Scottish Leaving Certificate Examination, 1952
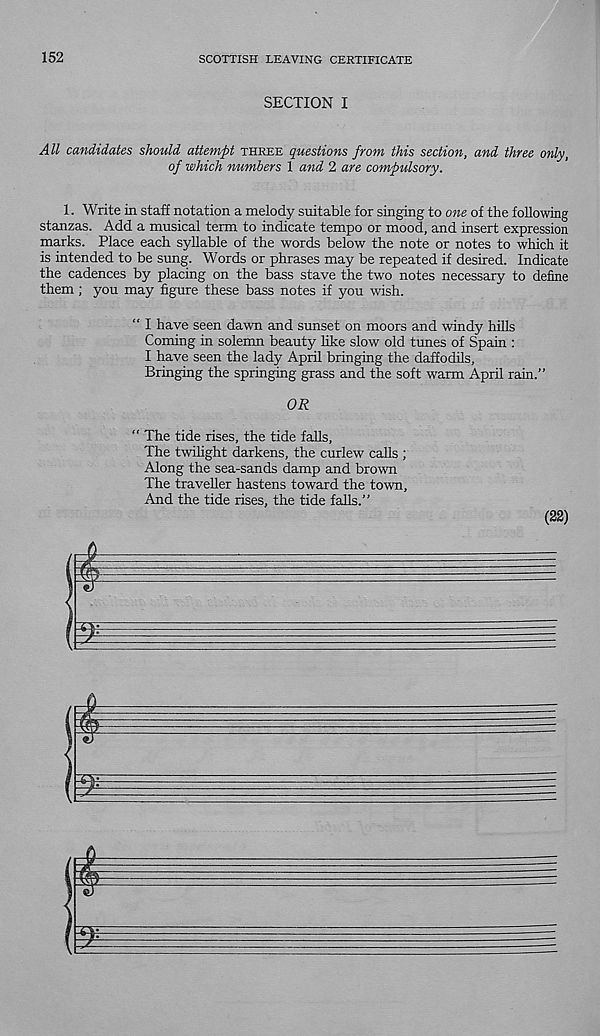
152
SCOTTISH LEAVING CERTIFICATE
SECTION I
All candidates should attempt three questions from this section, and three only,
of which numbers 1 and 2 are compulsory.
1. Write in staff notation a melody suitable for singing to one of the following
stanzas. Add a musical term to indicate tempo or mood, and insert expression
marks. Place each syllable of the words below the note or notes to which it
is intended to be sung. Words or phrases may be repeated if desired. Indicate
the cadences by placing on the bass stave the two notes necessary to define
them ; you may figure these bass notes if you wish.
“ I have seen dawn and sunset on moors and windy hills
Coming in solemn beauty like slow old tunes of Spain :
I have seen the lady April bringing the daffodils.
Bringing the springing grass and the soft warm April rain."
OR
“ The tide rises, the tide falls,
The twilight darkens, the curlew calls ;
Along the sea-sands damp and brown
The traveller hastens toward the town.
And the tide rises, the tide falls."